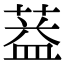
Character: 𦶩